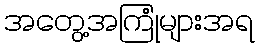
အတွေ့အကြုံများအရ